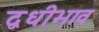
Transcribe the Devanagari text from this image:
द्वधीभाव